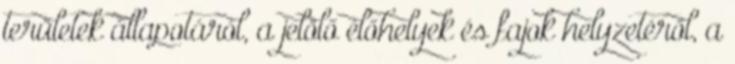
területek állapotáról, a jelölő élőhelyek és fajok helyzetéről, a